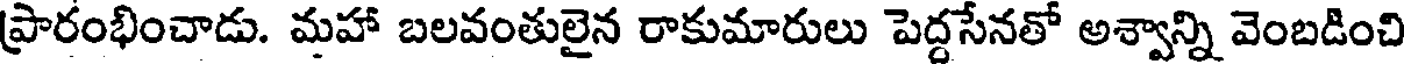
ప్రారంభించాడు. మహా బలవంతులైన రాకుమారులు పెద్దసేనతో అశ్వాన్ని వెంబడించి